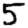
Digit: 5